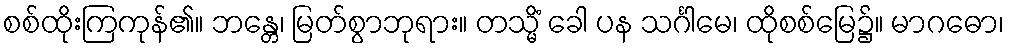
စစ်ထိုးကြကုန်၏။ ဘန္တေ၊ မြတ်စွာဘုရား။ တသ္မိံ ခေါ ပန သင်္ဂါမေ၊ ထိုစစ်မြေ၌။ မာဂဓော၊